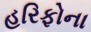
હરિફોના